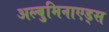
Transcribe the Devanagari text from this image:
अल्बुमिनाएड्स